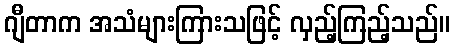
ဂျီတာက အသံများကြားသဖြင့် လှည့်ကြည့်သည်။